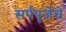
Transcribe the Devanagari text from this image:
सर्पपूजेचे